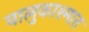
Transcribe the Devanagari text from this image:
वालुकाश्मात